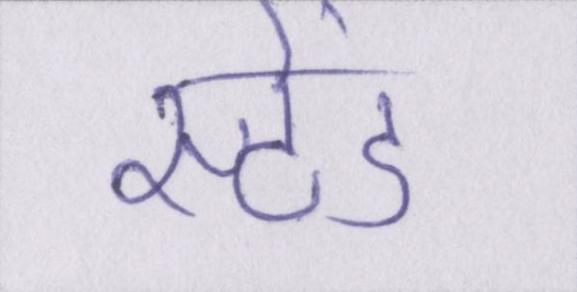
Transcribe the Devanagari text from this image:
स्टेंड